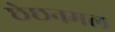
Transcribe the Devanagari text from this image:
छेछनमल